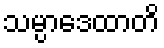
သမ္ပာဒေထာတိ